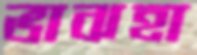
ভাঝহা